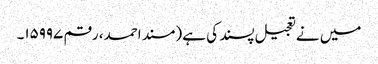
میں نے تعجیل پسند کی ہے (مسند احمد، رقم ۱۵۹۹۷۔